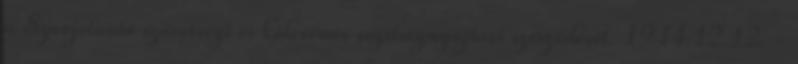
a Szovjetunió szövetségi és kölcsönös segítségnyújtási szerzõdését. 1944.12.12. -